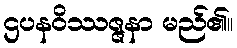
ဌပနဝိဿဇ္ဇနာ မည်၏။